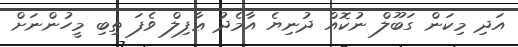
އަދި މިކަން ގަބޫލް ނުކޮއް ދުނިޔެ އާމެދު ޢާފިލް ވެފަ ތިބި މީހުންނަށް